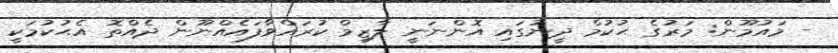
- މައުމޫން: މަރުގެ ޙުކުމް ދީނުގައި އޮންނަނީ ލާޒިމް ކުރައްވާފައެއްނޫން ދެއްތޮ އެޙުކުމަކީ